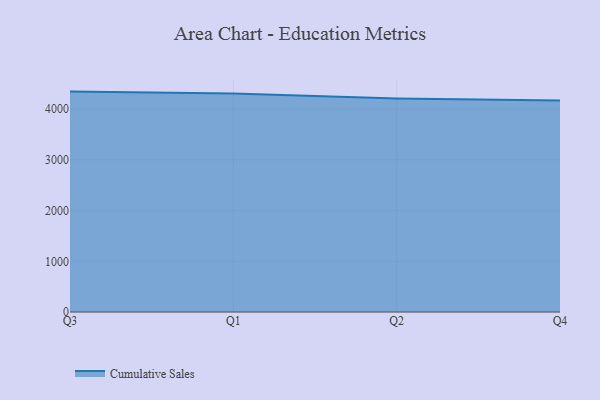
{"axis": {"x": "Quarter", "y": "Gross Profit (USD K)"}, "legend": ["Cumulative Sales"], "data": [{"x": "Q3", "y": 4347.4, "type": "Cumulative Sales"}, {"x": "Q1", "y": 4309.5, "type": "Cumulative Sales"}, {"x": "Q2", "y": 4209.7, "type": "Cumulative Sales"}, {"x": "Q4", "y": 4172.3, "type": "Cumulative Sales"}]}